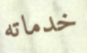
خدماته